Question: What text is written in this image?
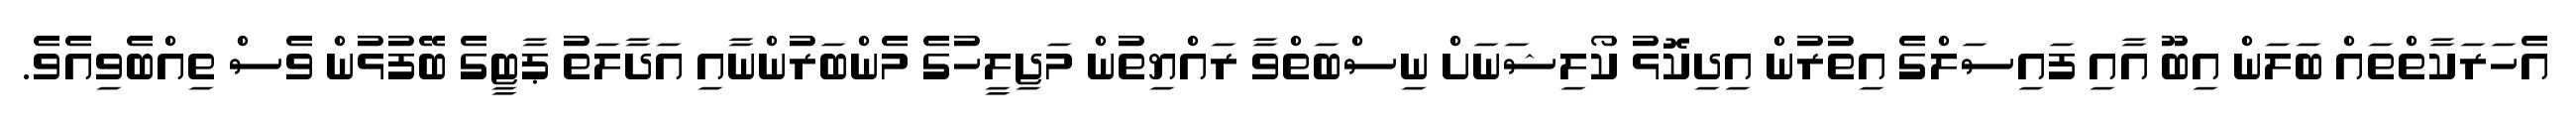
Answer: އެހަރަކާތްތައް ބަލަން އިބޫ އާއި ފައިސަލްގެ އިތުރުން އިދިކޮޅު ކޯލިޝަނަށް ނިސްބަތްވާ ރައްޔިތުން މަޖިލީހުގެ މެންބަރުންނާއި އަދާލަތު ޕާޓީގެ ބޭފުޅުން ވެސް ތިއްބެވިއެވެ.